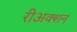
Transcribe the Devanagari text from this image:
रीअक्शन